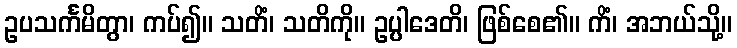
ဥပသင်္ကမိတွာ၊ ကပ်၍။ သတိံ၊ သတိကို။ ဥပ္ပါဒေတိ၊ ဖြစ်စေ၏။ ကိံ၊ အဘယ်သို့။